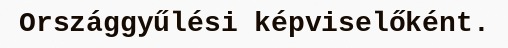
Országgyűlési képviselőként.